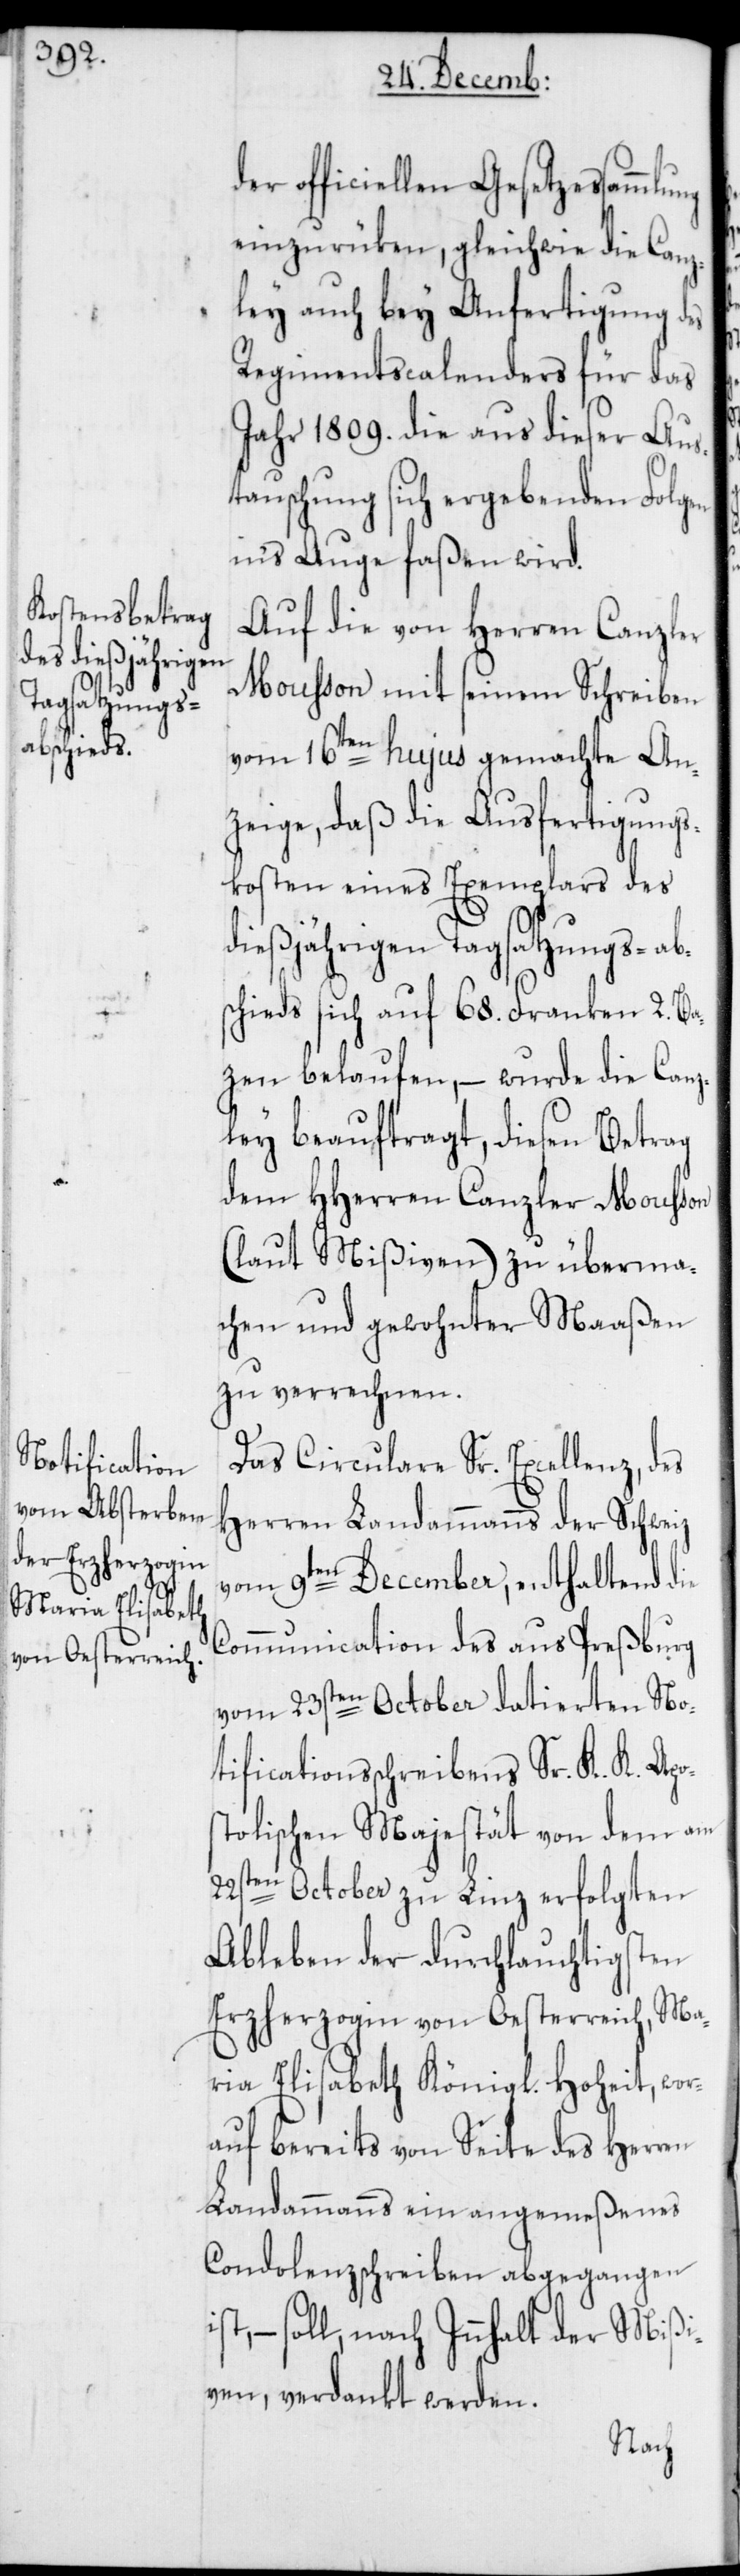
einzurüken, gleichwie die Canz¬
ley auch bey Anfertigung des
Regimentscalenders für das
Jahr 1809. die aus dieser Aus¬
tauschung sich ergebenden Folgen
in's Auge faßen wird.
Auf die von Herren Canzler
Mousson mit seinem Schreiben
vom 16ten hujus gemachte An¬
zeige, daß die Ausfertigungs¬
kosten eines Exemplars des
dießjährigen Tagsatzungs-ab¬
schieds sich auf 68. Franken 2. Ba¬
zen belaufen, – wurde die Canz¬
ley beauftragt, diesen Betrag
dem HHerren Canzler Mousson
(laut Mißiven) zu überma¬
chen und gewohnter Maaßen
zu verrechnen.
Das Circulare Sr. Excellenz, des
Herren Landammanns der Schweiz
vom 9ten December, enthaltend die
Communication des aus Preßburg
vom 23sten October datierten No¬
tificationsschreibens Sr. K. K. Apos¬
tolischen Majestät von dem am
22sten October zu Linz erfolgten
Ableben der durchlauchtigsten
Erzherzogin von Oesterreich, Ma¬
ria Elisabeth Königl. Hoheit, wo¬
rauf bereits von Seite des Herren
Landammanns ein angemeßenes
Condolenzschreiben abgegangen
– soll, nach Innhalt der Mißi¬
ven verdankt werden.